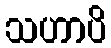
သဟာပိ